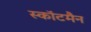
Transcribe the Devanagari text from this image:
स्कॉटमैन